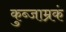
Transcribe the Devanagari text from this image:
कुब्जाम्रकं